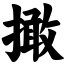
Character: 撖